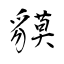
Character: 貘